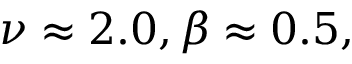
\nu \approx 2 . 0 , \beta \approx 0 . 5 ,